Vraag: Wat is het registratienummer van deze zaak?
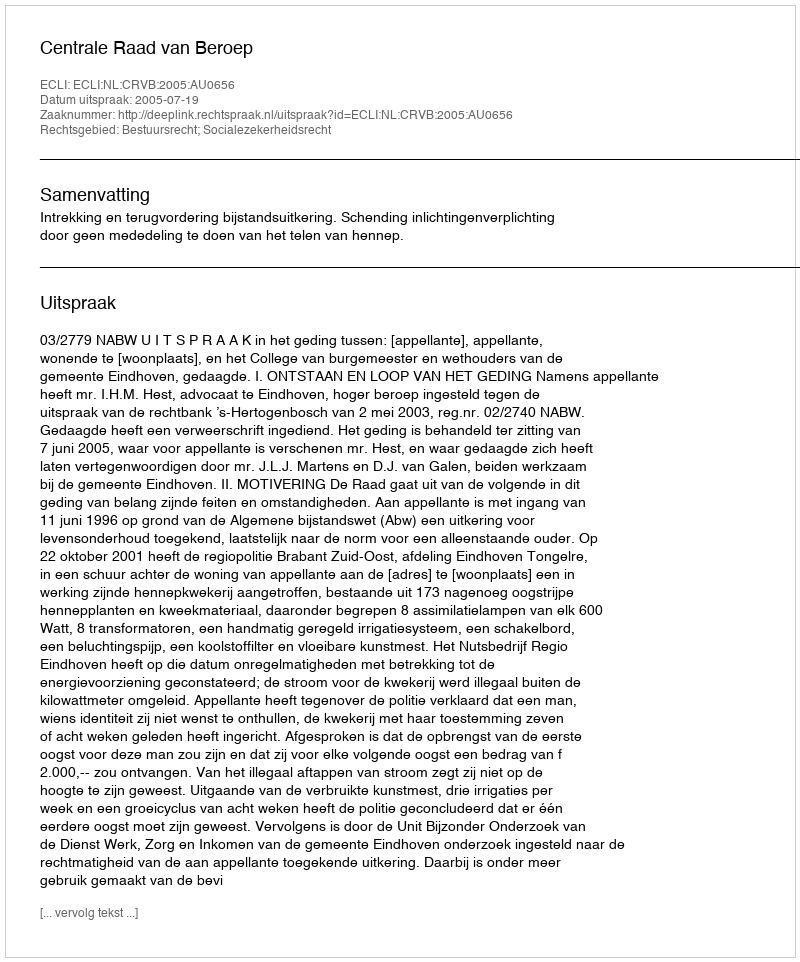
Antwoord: http://deeplink.rechtspraak.nl/uitspraak?id=ECLI:NL:CRVB:2005:AU0656